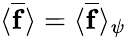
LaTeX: \langle\overline{{\mathbf{f}}}\rangle=\langle\overline{{\mathbf{f}}}\rangle_{\psi}